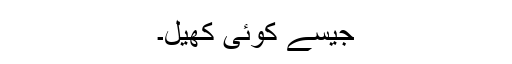
جیسے کوئی کھیل۔